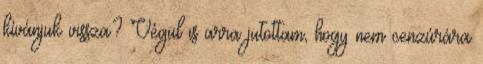
kívánjuk vissza? Végül is arra jutottam, hogy nem cenzúrára